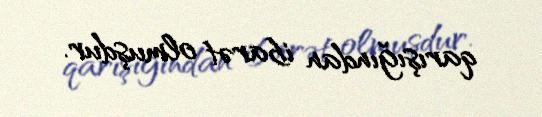
qarışığından ibarət olmuşdur.